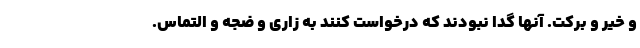
و خیر و برکت. آنها گدا نبودند که درخواست کنند به زاری و ضجه و التماس.